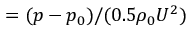
= ( p - p _ { 0 } ) / ( 0 . 5 \rho _ { 0 } U ^ { 2 } )